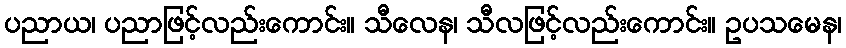
ပညာယ၊ ပညာဖြင့်လည်းကောင်း။ သီလေန၊ သီလဖြင့်လည်းကောင်း။ ဥပသမေန၊